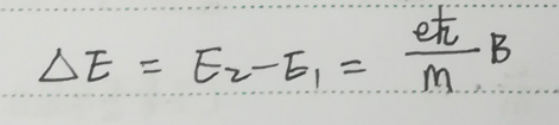
\[ \Delta E = E_2 - E_1 = \frac{e\hbar}{m}B \]